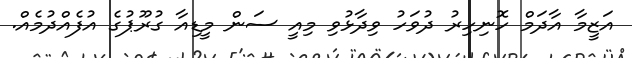
އަޒީމާ އާދަމް ހޮނިހިރު ދުވަހު ވިދާޅުވި މިއީ ސަން މީޑިއާ ގުރޫޕުގެ އުފެއްދުމެއް.